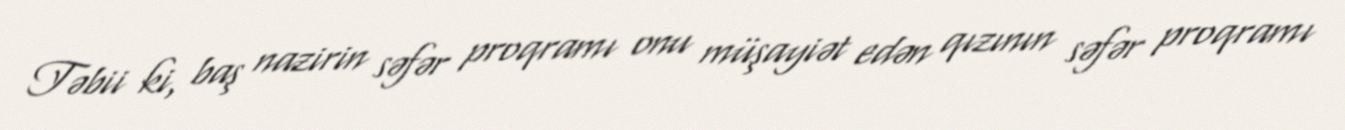
Təbii ki, baş nazirin səfər proqramı onu müşayiət edən qızının səfər proqramı